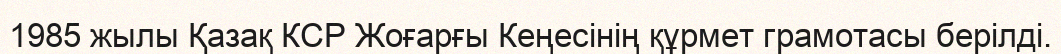
1985 жылы Қазақ КСР Жоғарғы Кеңесінің құрмет грамотасы берілді.